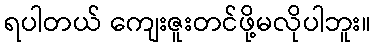
ရပါတယ် ကျေးဇူးတင်ဖို့မလိုပါဘူး။